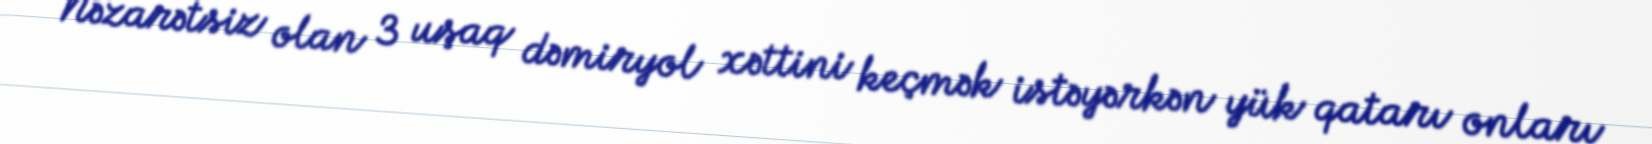
Nəzarətsiz olan 3 uşaq dəmiryol xəttini keçmək istəyərkən yük qatarı onları